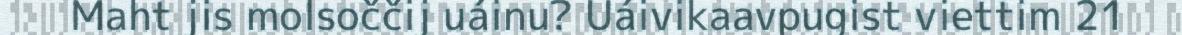
Maht jis molsoččij uáinu? Uáivikaavpugist viettim 21